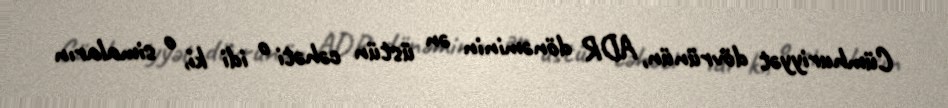
Cümhuriyyət dövrünün, ADR dönəminin ən üstün cəhəti o idi ki, o simaların